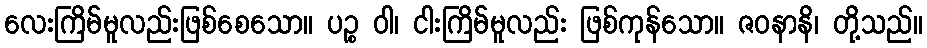
လေးကြိမ်မူလည်းဖြစ်စေသော။ ပဉ္စ ဝါ၊ ငါးကြိမ်မူလည်း ဖြစ်ကုန်သော။ ဇဝနာနိ၊ တို့သည်။